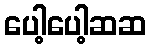
ပေါ့ပေါ့ဆဆ